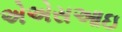
એએસઆઇ